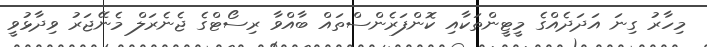
މިހާރު ގިނަ އަދަދެއްގެ މީޓީންތަކާއި ކޮންފަރެންސްތައް ބާއްވާ ރިސޯޓްގެ ޖެނެރަލް މެނޭޖަރު ވިދާޅުވީ